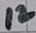
Text: 12